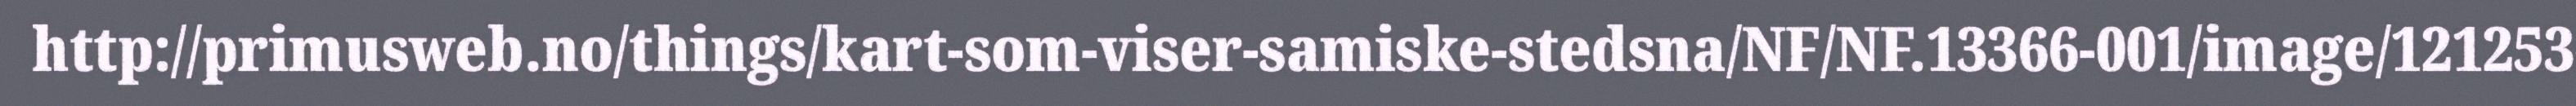
http://primusweb.no/things/kart-som-viser-samiske-stedsna/NF/NF.13366-001/image/121253